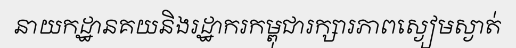
នាយកដ្ឋានគយនិងរដ្ឋាករកម្ពុជារក្សារភាពស្ងៀមស្ងាត់